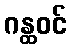
ဂန္ထဝင်